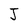
Character: J